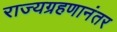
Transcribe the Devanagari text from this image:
राज्यग्रहणानंतर